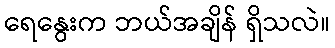
ရေနွေးက ဘယ်အချိန် ရှိသလဲ။